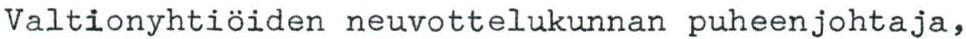
Valtionyhtiöiden neuvottelukunnan puheenjohtaja,